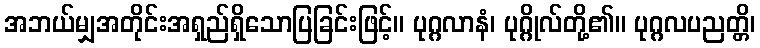
အဘယ်မျှအတိုင်းအရှည်ရှိသောပြခြင်းဖြင့်။ ပုဂ္ဂလာနံ၊ ပုဂ္ဂိုလ်တို့၏။ ပုဂ္ဂလပညတ္တိ၊